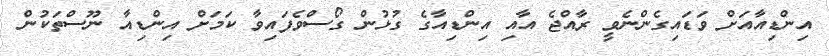
އިންޑިއާއަށް ވަޑައިގެންނެވީ ރާއްޖެ އާއި އިންޑިއާގެ ގުޅުން ގޯސްވެފައިވާ ކަމަށް އިންޑިއާ ނޫސްތަކުން